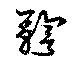
鞫